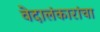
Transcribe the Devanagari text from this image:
वेदालंकारांचा